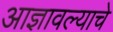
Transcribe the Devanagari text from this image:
आज्ञावल्याचे